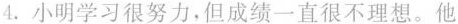
4.小明学习很努力，但成绩一直很不理想。他